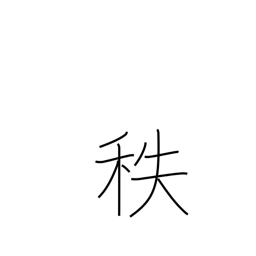
Meaning: salary